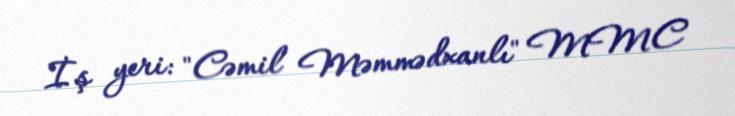
İş yeri: "Cəmil Məmmədxanlı" MMC